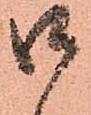
御